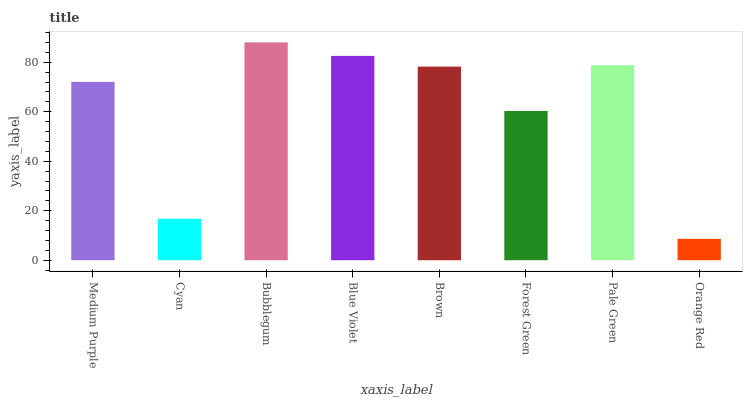
| xaxis_label | bars |
 | --- | --- |
 | Medium Purple | 72.1 |
 | Cyan | 16.8 |
 | Bubblegum | 88 |
 | Blue Violet | 82.6 |
 | Brown | 78.2 |
 | Forest Green | 60.3 |
 | Pale Green | 78.8 |
 | Orange Red | 8.64 |